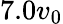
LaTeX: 7.0v_{0}